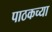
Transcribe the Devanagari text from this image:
पाठकच्या